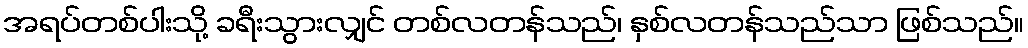
အရပ်တစ်ပါးသို့ ခရီးသွားလျှင် တစ်လတန်သည်၊ နှစ်လတန်သည်သာ ဖြစ်သည်။